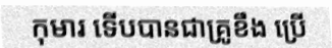
កុមារ ទើបបានជាគ្រូខឹង ប្រើ